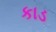
કાડ